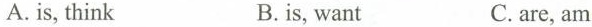
A.is,think B.is,want C.are,am